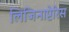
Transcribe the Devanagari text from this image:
लिजिनाप्टेरिस